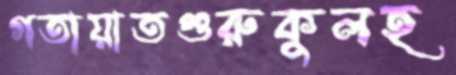
গতায়াতগুরুকুলহ